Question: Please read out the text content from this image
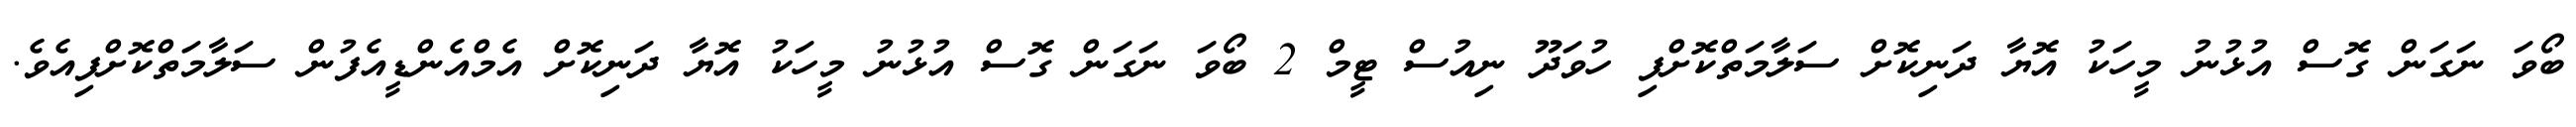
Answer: ބޯވަ ނަގަން ގޮސް އުޅުނު މީހަކު އޮޔާ ދަނިކޮށް ސަލާމަތްކޮށްފި ހުވަދޫ ނިއުސް ޓީމް 2 ބޯވަ ނަގަން ގޮސް އުޅުނު މީހަކު އޮޔާ ދަނިކޮށް އެމްއެންޑީއެފުން ސަލާމަތްކޮށްފިއެވެ.